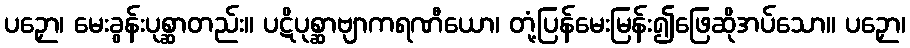
ပဉှော၊ မေးခွန်းပုစ္ဆာတည်း။ ပဋိပုစ္ဆာဗျာကရဏီယော၊ တုံ့ပြန်မေးမြန်း၍ဖြေဆိုအပ်သော။ ပဉှော၊